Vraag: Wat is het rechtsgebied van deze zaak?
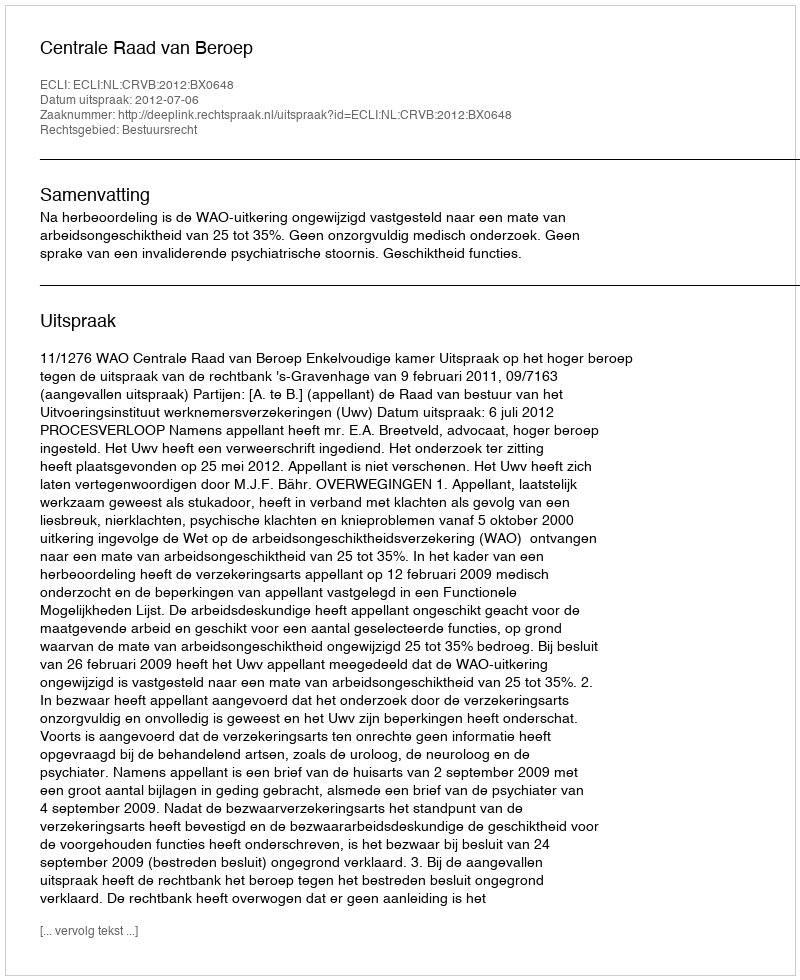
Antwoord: Bestuursrecht